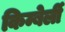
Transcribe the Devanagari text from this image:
किम्बेर्ली